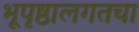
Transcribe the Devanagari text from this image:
भूपृष्ठालगतचा